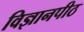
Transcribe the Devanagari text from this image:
विज्ञानपीठ